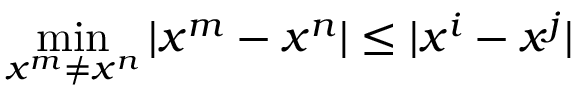
\operatorname* { m i n } _ { x ^ { m } \neq x ^ { n } } | x ^ { m } - x ^ { n } | \leq | x ^ { i } - x ^ { j } |